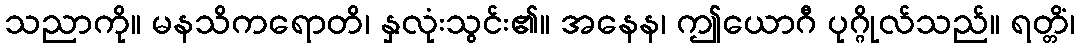
သညာကို။ မနသိကရောတိ၊ နှလုံးသွင်း၏။ အနေန၊ ဤယောဂီ ပုဂ္ဂိုလ်သည်။ ရတ္တိံ၊